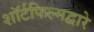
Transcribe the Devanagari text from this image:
शॉर्टफिल्मद्वारे